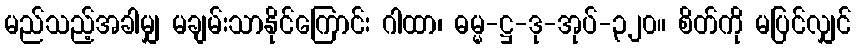
မည်သည့်အခါမျှ မချမ်းသာနိုင်ကြောင်း ဂါထာ၊ ဓမ္မ-ဋ္ဌ-ဒု-အုပ်-၃၂၀။ စိတ်ကို မပြင်လျှင်